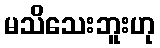
မသိသေးဘူးဟု